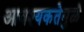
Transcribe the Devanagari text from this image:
आवश्यकतेमुळे